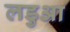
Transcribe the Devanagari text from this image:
लडुआ